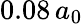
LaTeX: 0.08\, a_{0}